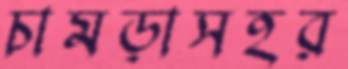
চামড়াসহর‍